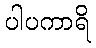
ပါပကာရိ